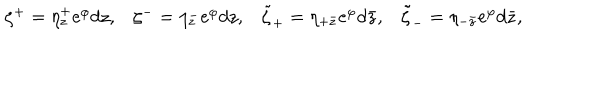
\begin{matrix} { { \zeta ^ { + } = \eta _ { z } ^ { + } \mathrm { e } ^ { \varphi } d z , } } & { { \zeta ^ { - } = \eta _ { z } ^ { - } \mathrm { e } ^ { \varphi } d z , } } & { { \tilde { \zeta } _ { + } = \eta _ { + \bar { z } } \mathrm { e } ^ { \varphi } d \bar { z } , } } & { { \tilde { \zeta } _ { - } = \eta _ { - \bar { z } } \mathrm { e } ^ { \varphi } d \bar { z } , } } \\ \end{matrix}